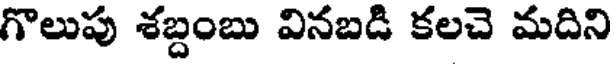
గొలుపు శబ్దంబు వినబడి కలచె మదిని